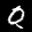
Label: 0